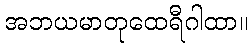
အဘယမာတုထေရီဂါထာ။